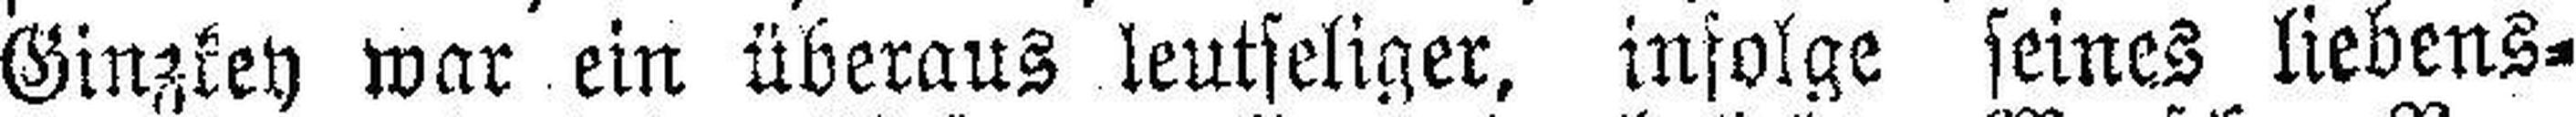
Ginzkey war ein überaus leutseliger, infolge seines liebens¬